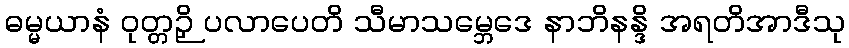
ဓမ္မယာနံ ဝုတ္တဉှိ ပလာပေတိ သီမာသမ္ဘေဒေ နာဘိနန္ဒိ အရတိအာဒီသု